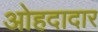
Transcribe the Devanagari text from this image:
ओहदादार